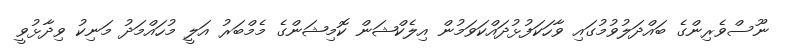
ނޫސްވެރިންގެ ބައްދަލުވުމުގައި ވާހަކަފުޅުދައްކަވަމުން އިލެކްޝަން ކޮމިޝަންގެ މެމްބަރު އަލީ މުހައްމަދު މަނިކު ވިދާޅުވީ